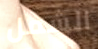
الشمل